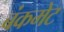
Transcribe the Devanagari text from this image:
बंकमेट